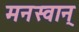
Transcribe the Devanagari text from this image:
मनस्वान्